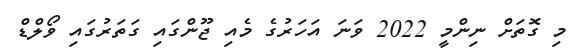
މި ގޮތަށް ނިންމީ 2022 ވަނަ އަހަރުގެ މެއި ޖޫންގައި ގަތަރުގައި ވޯލްޑް